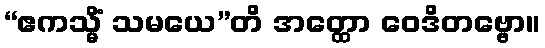
“ဧကသ္မိံ သမယေ”တိ အတ္ထော ဝေဒိတဗ္ဗော။